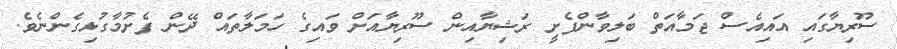
ސޫރިޔާގައި އައިއެސް ޖަމާއަތް ބަލިވާންފެށީ ރަޝިޔާއިން ސޫރިޔާއަށް ވައިގެ ހަމަލާތައް ދޭން ފެށުމާގުޅިގެންނެވެ.